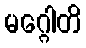
မဂ္ဂေါတိ